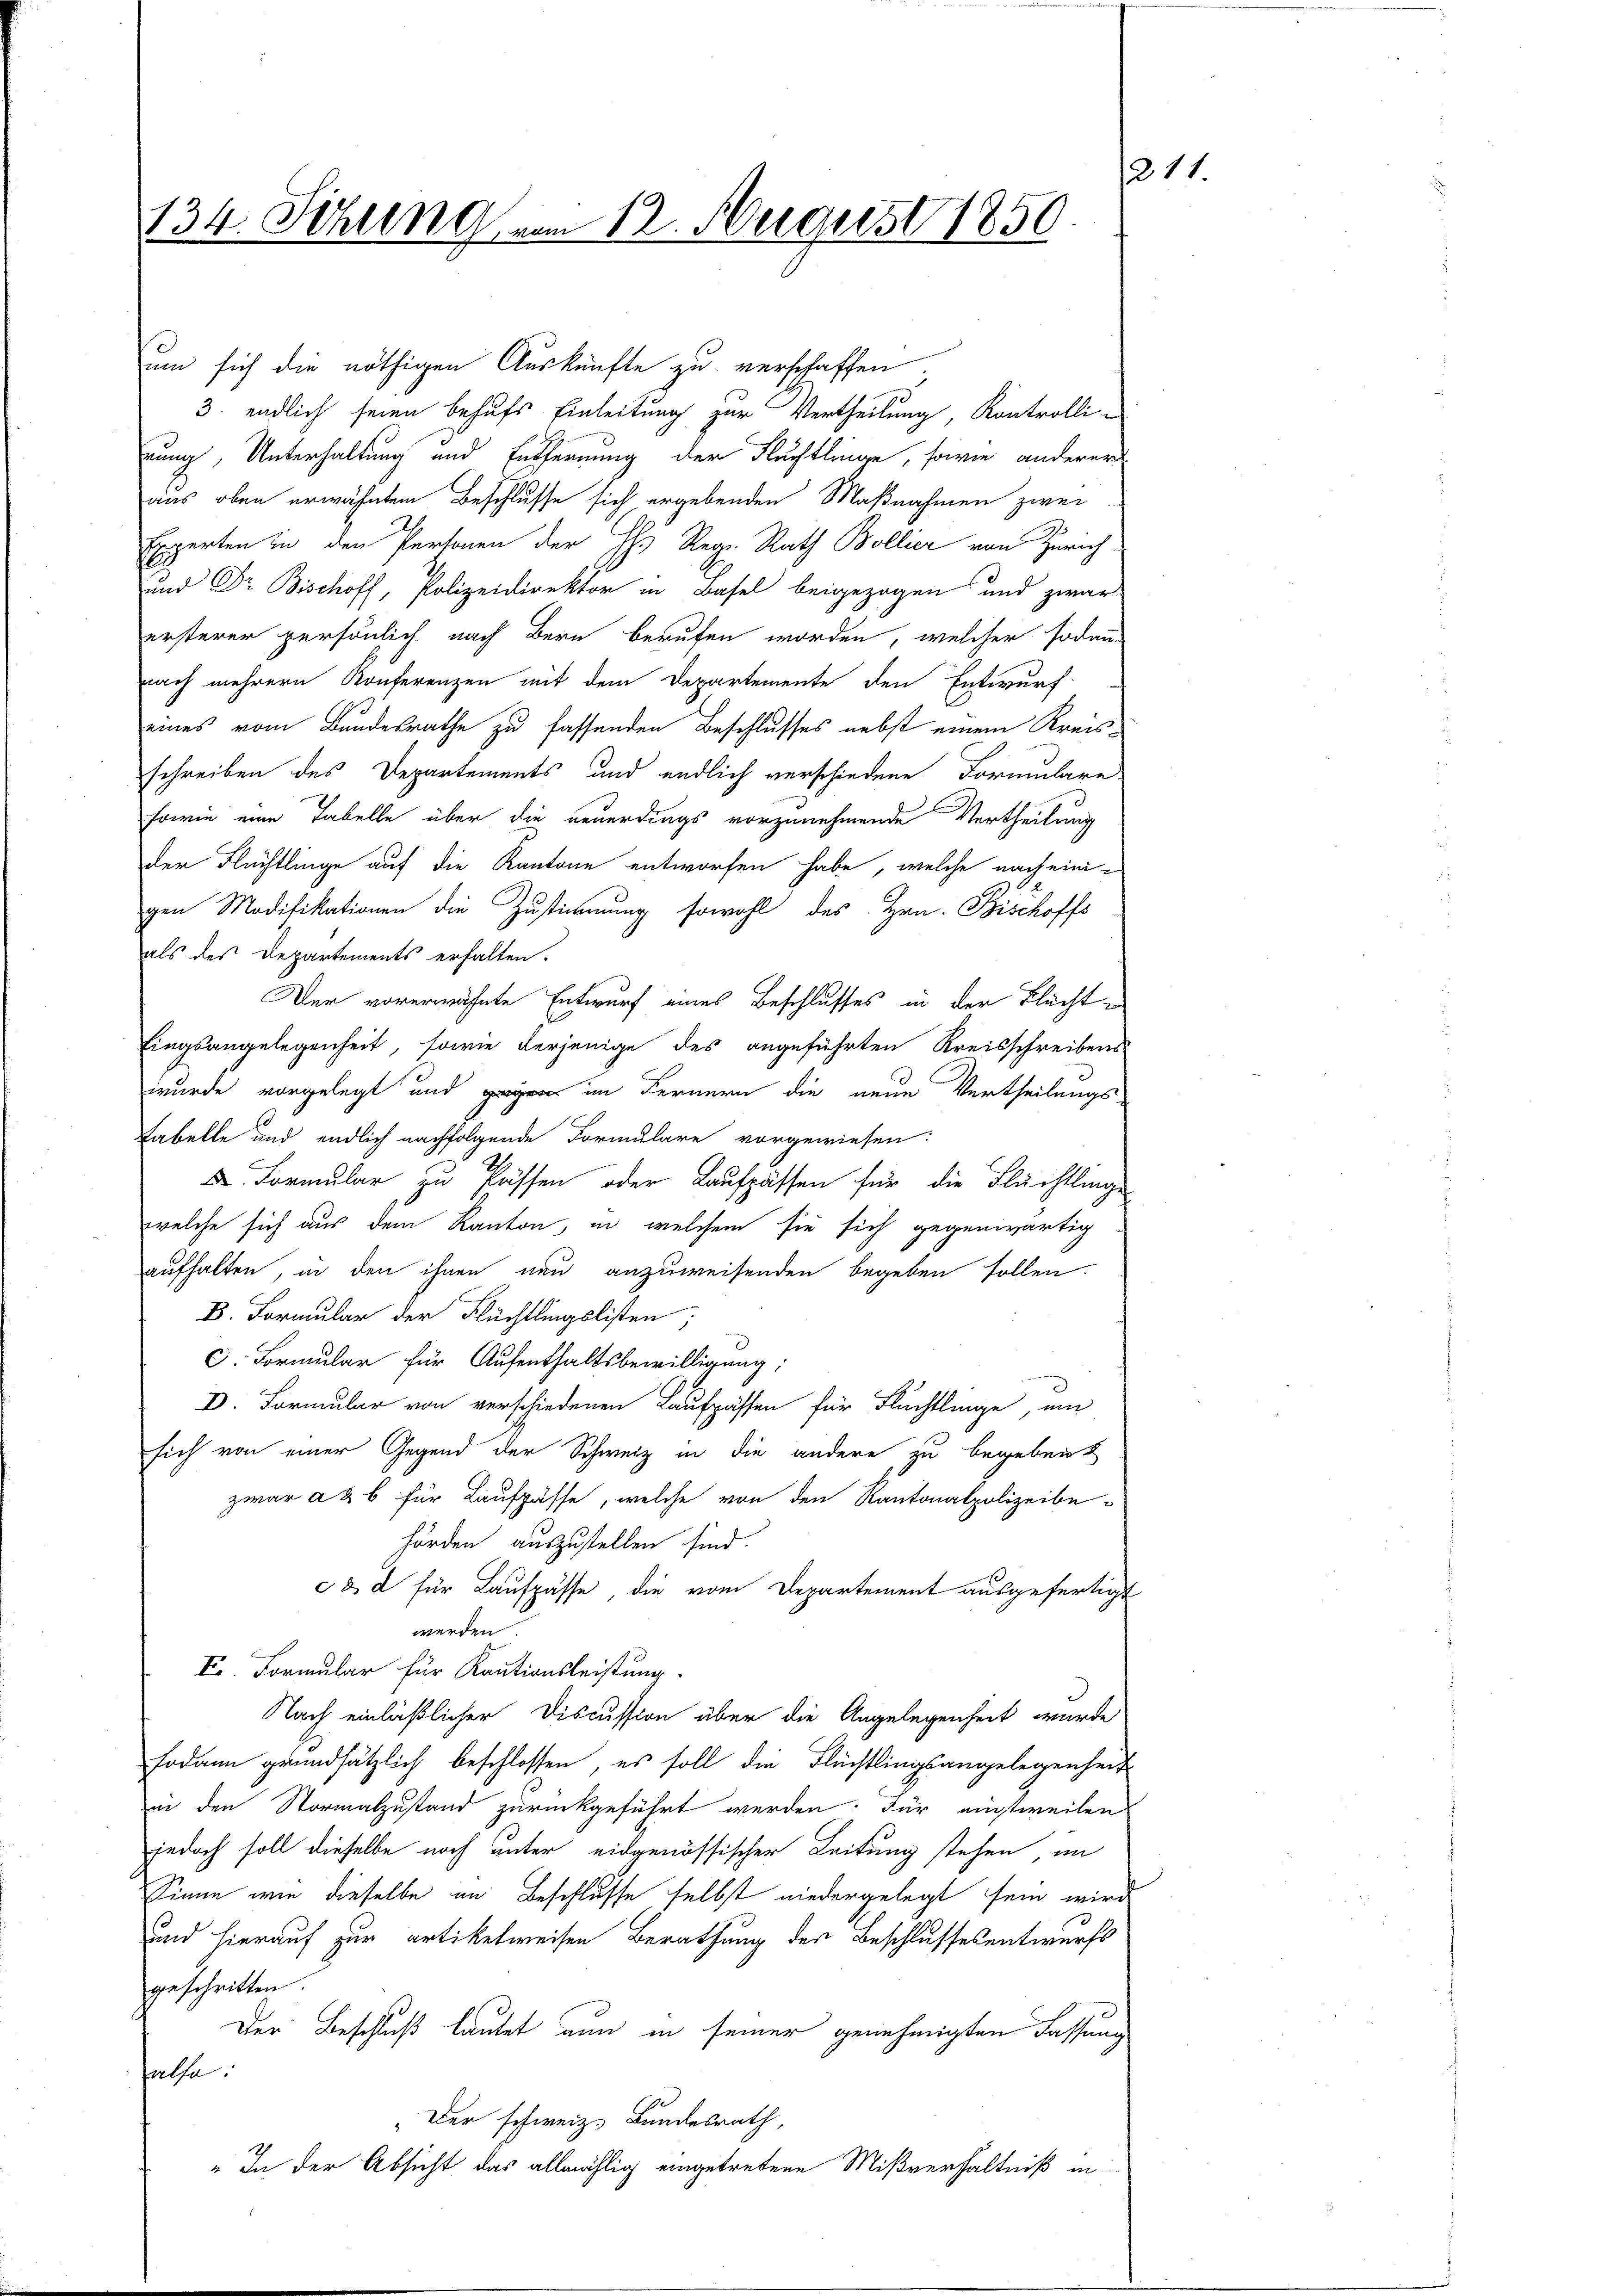
134. Sitzung vom 12. August 1850

um sich die nöthigen Auskünfte zu verschaffen;
3. endlich seien behufs Einleitung zur Vertheilung, Kontrollirung, Unterhaltung und Entfernung der Fluchtlinge, sowie anderer
aus oben erwähntem Beschlusse sich ergebenden Maßnahmen zwei
Experten in den Personen der H. Reg. Rath Bollier von Zürich
und Dr. Bischoff, Polizeidirektor in Basel beigezogen und zwar
ersterer persönlich nach Bern berufen worden, welcher sodann
nach mehrern Konferenzen mit dem Departemente den Entwurf
eines vom Bundesrathe zu fassenden Beschlusses nebst einem Kreisschreiben des Departements und endlich verschiedene Formulare
sowie eine Tabelle über die neuerdings vorzunehmende Vertheilung
der Flüchtlinge auf die Kantone entworfen habe, welche nach einigen Modifikationen die Zustimmung sowohl des Hrn. Bischoffs
als des Departements erhalten.
Der vorerwähnte Entwurf eines Beschlusses in der Flacht e
fingsangelegenheit, sowie derjenige des angeführten Kreisschreibens
wurde vorgelegt und gegen im Fernern die neue Vertheilungs-
Fabelle und endlich nachfolgende Formulare vorgewiesen:
. Formular zu Passen oder Laufpassen für die Flächtlinge
welche sich aus dem Kanton, in welchem sie sich gegenwärtig
aufhalten, in den ihnen neu anzuweisenden begeben sollen.
B. Formular der Flüchtlingslisten;
C. Formular für Aufenthaltsbewilligung;
D. Formular von verschiedenen Kaufpassen für Flüchtlinge, um
sich von einer Gegend der Schweiz in die andere zu begeben
zwar a & b für Laufpässe, welche von den Kantonalpolizeibehörden auszustellen sind.
c d für Laufpässe, die vom Departement ausgefertigt
werden.
F. Formular für Kautionsleistung.
Nach einläßlicher Discussion über die Angelegenheit wurde
sodann grundsätzlich beschlossen, es soll die Flüchtlingsangelegenheits
in den Normalzustand zurückgeführt werden. Für einstweilen
jedoch soll dieselbe noch unter eidgenössischer Leitung stehen im
Sinne wie dieselbe in Beschlusse selbst niedergelegt sein wird
und hierauf zur artikelweisen Berathung des Beschlussesentwurfs
geschritten
Der Beschluß lautet nun in seiner genehmigten Fassung
False
Der schweiz. Bundesrath,
" In der Absicht das allmählig eingetretene Mißverhältniß in

211